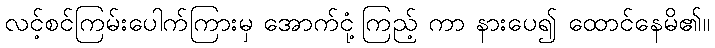
လင့်စင်ကြမ်းပေါက်ကြားမှ အောက်ငုံ့ကြည့် ကာ နားပေ၍ ထောင်နေမိ၏။